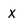
Character: X